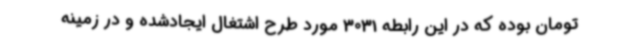
تومان بوده که در این رابطه 3031 مورد طرح اشتغال ایجادشده و در زمینه